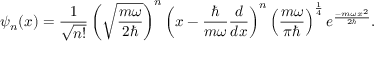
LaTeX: \psi _ { n } ( x ) = { \frac { 1 } { \sqrt { n ! } } } \left( { \sqrt { \frac { m \omega } { 2 \hbar } } } \right) ^ { n } \left( x - { \frac { \hbar } { m \omega } } { \frac { d } { d x } } \right) ^ { n } \left( { \frac { m \omega } { \pi \hbar } } \right) ^ { \frac { 1 } { 4 } } e ^ { \frac { - m \omega x ^ { 2 } } { 2 \hbar } } .